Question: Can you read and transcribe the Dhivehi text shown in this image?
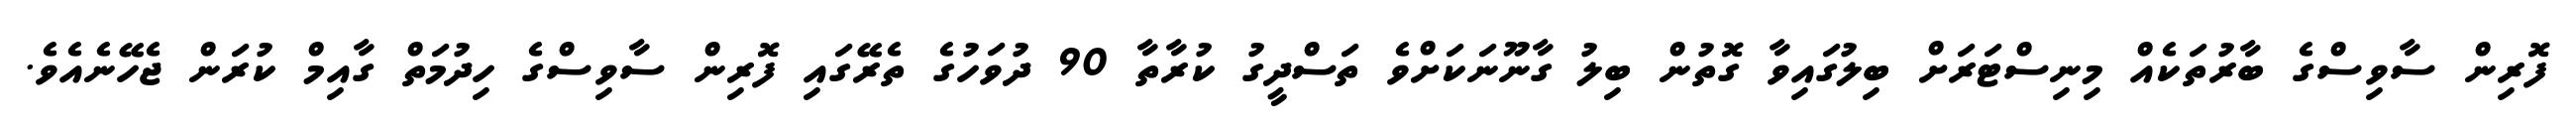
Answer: ފޮރިން ސާވިސްގެ ބާރުތަކެއް މިނިސްޓަރަށް ބިލުގައިވާ ގޮތުން ބިލު ގާނޫނަކަށްވެ ތަސްދީގު ކުރާތާ 90 ދުވަހުގެ ތެރޭގައި ފޮރިން ސާވިސްގެ ހިދުމަތް ގާއިމް ކުރަން ޖެހޭނެއެވެ.